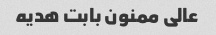
عالی ممنون بابت هدیه